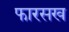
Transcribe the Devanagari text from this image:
फारसख